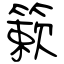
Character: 簌